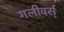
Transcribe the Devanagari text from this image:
गलीवर्स्